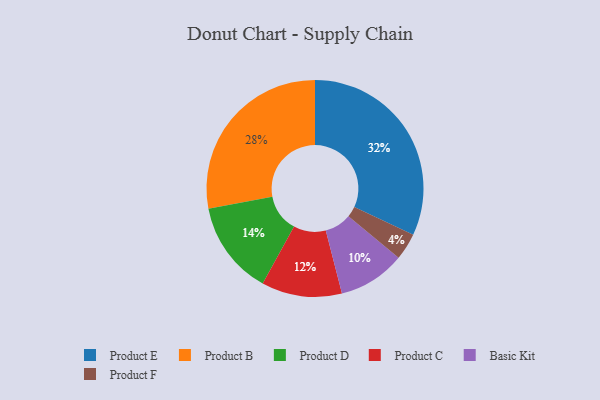
{"axis": {"x": "Category", "y": "Percentage"}, "legend": ["Basic Kit", "Product B", "Product C", "Product D", "Product E", "Product F"], "data": [{"x": "Product F", "y": 4, "type": "Product F"}, {"x": "Basic Kit", "y": 10, "type": "Basic Kit"}, {"x": "Product B", "y": 28, "type": "Product B"}, {"x": "Product E", "y": 32, "type": "Product E"}, {"x": "Product C", "y": 12, "type": "Product C"}, {"x": "Product D", "y": 14, "type": "Product D"}]}